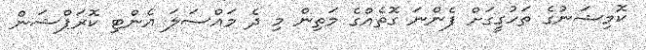
ކޮމިޝަނުގެ ތަހުގީގަށް ފެންނަ ގޮތެއްގެ މަތިން މި ދެ މައްސަލަ އެންޓި ކޮރަޕްޝަން